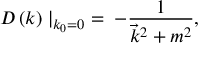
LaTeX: D \left( k \right) \mid _ { k _ { 0 } = 0 } \; = \; - { \frac { 1 } { { \vec { k } } ^ { 2 } + m ^ { 2 } } } ,